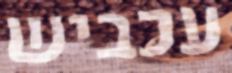
עכביש